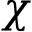
\chi